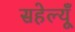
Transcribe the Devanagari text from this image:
सहेल्यूँ